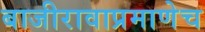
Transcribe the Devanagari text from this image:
बाजीरावाप्रमाणेच